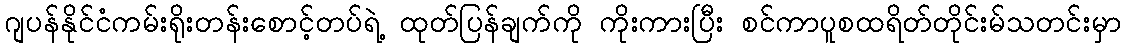
ဂျပန်နိုင်ငံကမ်းရိုးတန်းစောင့်တပ်ရဲ့ ထုတ်ပြန်ချက်ကို ကိုးကားပြီး စင်ကာပူစထရိတ်တိုင်းမ်သတင်းမှာ